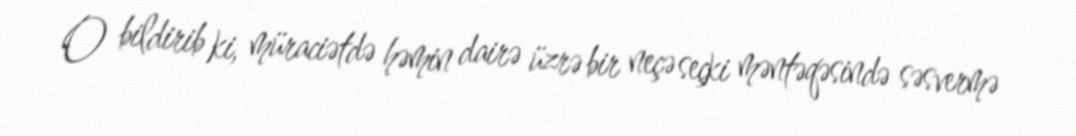
O bildirib ki, müraciətdə həmin dairə üzrə bir neçə seçki məntəqəsində səsvermə